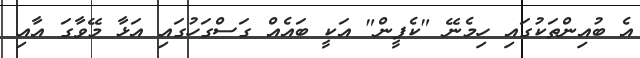
އެ ބުއިންތަކުގައި ހިމެނޭ "ކެފީން" އަކީ ބައެއް ގަސްގަހުގައި އަޅާ މޭވާގަ އާއި